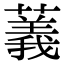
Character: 䕏